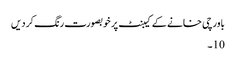
باورچی خانے کے کیبنٹ پر خوبصورت رنگ کر دیں
10۔